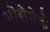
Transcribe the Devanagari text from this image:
मोसेनेके